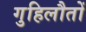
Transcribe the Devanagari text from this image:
गुहिलौतों